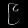
Digit: ၉